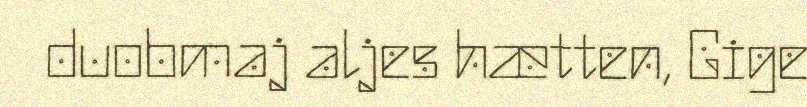
duobmaj aljes hætten, Gige